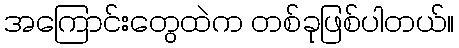
အကြောင်းတွေထဲက တစ်ခုဖြစ်ပါတယ်။